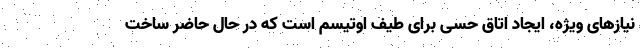
نیازهای ویژه، ایجاد اتاق حسی برای طیف اوتیسم است که در حال حاضر ساخت